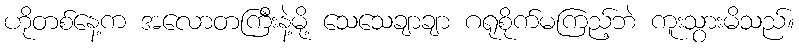
ဟိုတစ်နေ့က အလောတကြီးနဲ့မို့ သေသေချာချာ ဂရုစိုက်မကြည့်ဘဲ ကူးသွားမိသည်။